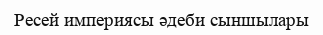
Ресей империясы әдеби сыншылары